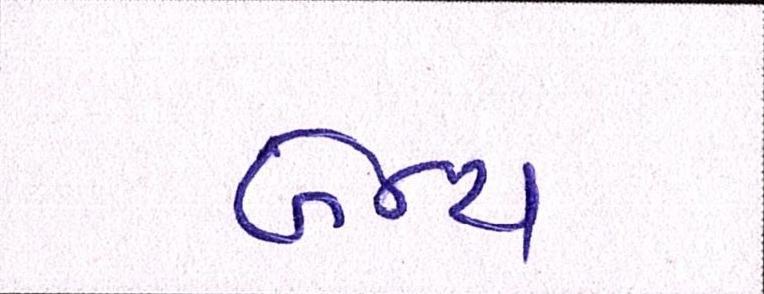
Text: બેન્ચ